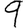
Digit: 9